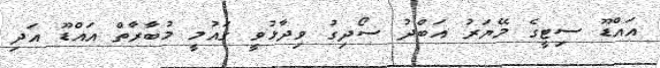
އައްޑޫ ސިޓީގެ މޭޔަރު އަބްދު ސޯދިގު ވިދާޅުވީ ގައުމީ މުބާރާތް އައްޑޫ އަދި